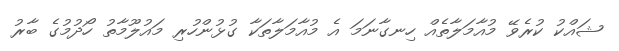
ޝައްކު ކުރެވޭ މުއާމަލާތެއް ހިނގާނަމަ އެ މުއާމަލާތަކާ ގުޅުންހުރި މައުލޫމާތު ހޯދުމުގެ ބާރު